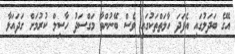
އޭގެ ބަދަލުގައި އެފަދަ ހާލަތްތަކުގައި ވެސް ބޭނުންވާ މަގްސަދު ހާސިލް ކުރުމަށް ގަދައަޅާ